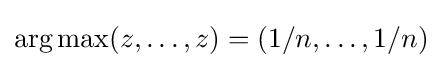
\operatorname {arg\,max} (z,\dots ,z)=(1/n,\dots ,1/n)